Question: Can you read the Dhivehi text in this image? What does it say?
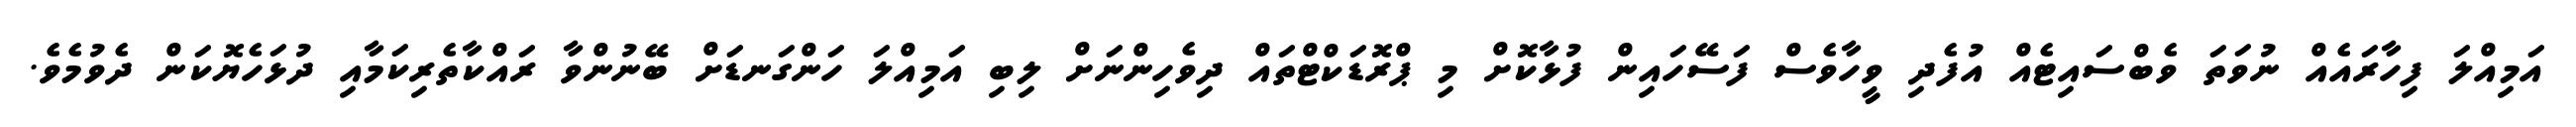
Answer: އަމިއްލަ ފިހާރައެއް ނުވަތަ ވެބްސައިޓެއް އުފެދި ވީހާވެސް ފަސޭހައިން ފުޅާކޮށް މި ޕްރޮޑަކްޓްތައް ދިވެހިންނަށް ލިބި އަމިއްލަ ހަންގަނޑަށް ބޭނުންވާ ރައްކާތެރިކަމާއި ދުޅަހެޔޮކަން ދެވުމެވެ.